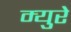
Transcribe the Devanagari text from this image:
म्‍युरे